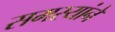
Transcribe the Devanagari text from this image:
समस्यांने